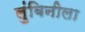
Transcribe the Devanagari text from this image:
लुंबिनीला